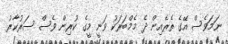
ނަމަވެސް އޭގެ ތެރެއިން ދެ މެމްބަރަކު ވަނީ މީގެ ކުރިން ވެސް ސަރުކާރު